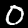
Digit: 0